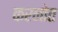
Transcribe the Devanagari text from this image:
करनोत